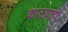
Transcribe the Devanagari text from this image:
काठय़ाही